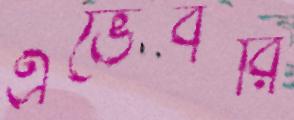
এভেবরি